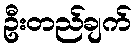
ဦးတည်ချက်